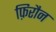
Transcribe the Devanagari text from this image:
फ़िरौन